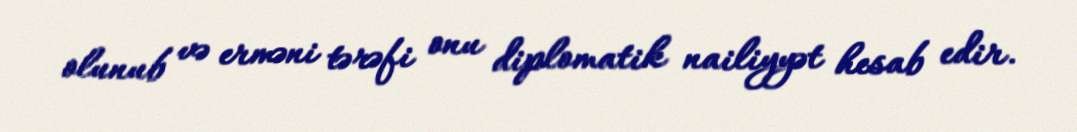
olunub və erməni tərəfi onu diplomatik nailiyyət hesab edir.